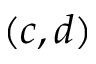
( c , d )